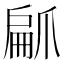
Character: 𭶳